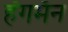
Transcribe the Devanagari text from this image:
हँगमॅन